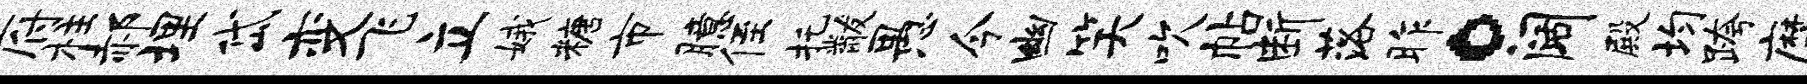
府柱郝埋岱变飞立娥糖市臆侄托黻愚今幽笑吹帖断落昨。阔殿均跨縻